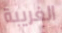
الغريبة